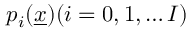
p _ { i } ( \underline { { x } } ) ( i = 0 , 1 , \dots I )